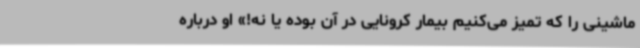
ماشینی را که تمیز می‌کنیم بیمار کرونایی در آن بوده یا نه!» او درباره